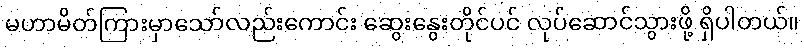
မဟာမိတ်ကြားမှာသော်လည်းကောင်း ဆွေးနွေးတိုင်ပင် လုပ်ဆောင်သွားဖို့ ရှိပါတယ်။